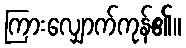
ကြားလျှောက်ကုန်၏။